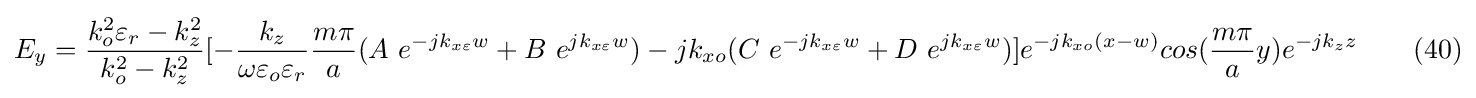
E_{y}={\frac {k_{o}^{2}\varepsilon _{r}-k_{z}^{2}}{k_{o}^{2}-k_{z}^{2}}}[-{\frac {k_{z}}{\omega \varepsilon _{o}\varepsilon _{r}}}{\frac {m\pi }{a}}(A\ e^{-jk_{x\varepsilon }w}+B\ e^{jk_{x\varepsilon }w})-jk_{xo}(C\ e^{-jk_{x\varepsilon }w}+D\ e^{jk_{x\varepsilon }w})]e^{-jk_{xo}(x-w)}cos({\frac {m\pi }{a}}y)e^{-jk_{z}z}\ \ \ \ \ \ (40)